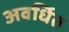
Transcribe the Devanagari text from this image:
अवर्धित